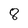
Character: 8